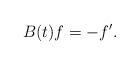
LaTeX: \begin{align*}B(t) f = -f^\prime.\end{align*}